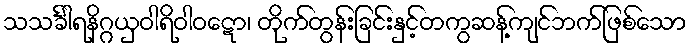
သသင်္ခါရနိဂ္ဂယှဝါရိဝါဝဋော၊ တိုက်တွန်းခြင်းနှင့်တကွဆန့်ကျင်ဘက်ဖြစ်သော